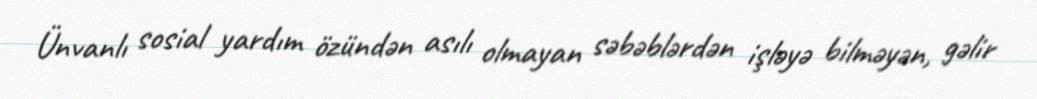
Ünvanlı sosial yardım özündən asılı olmayan səbəblərdən işləyə bilməyən, gəlir